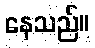
နေသည်။